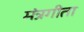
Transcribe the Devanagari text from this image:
मंत्रगीता